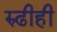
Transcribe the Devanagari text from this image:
रुढीही